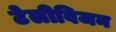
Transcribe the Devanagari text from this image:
टेलीविजन